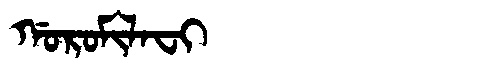
Manchu: ᡤᠣᡵᠣᠮᡳᠯᠠᠸᡳ
Romanization: GOROMILAFI